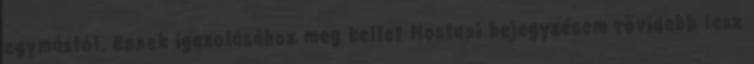
egymástól. Ennek igazolásához meg kellet Mostani bejegyzésem rövidebb lesz